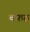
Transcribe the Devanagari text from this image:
बफ्फ़